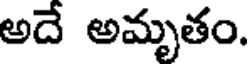
అదే అమృతం.